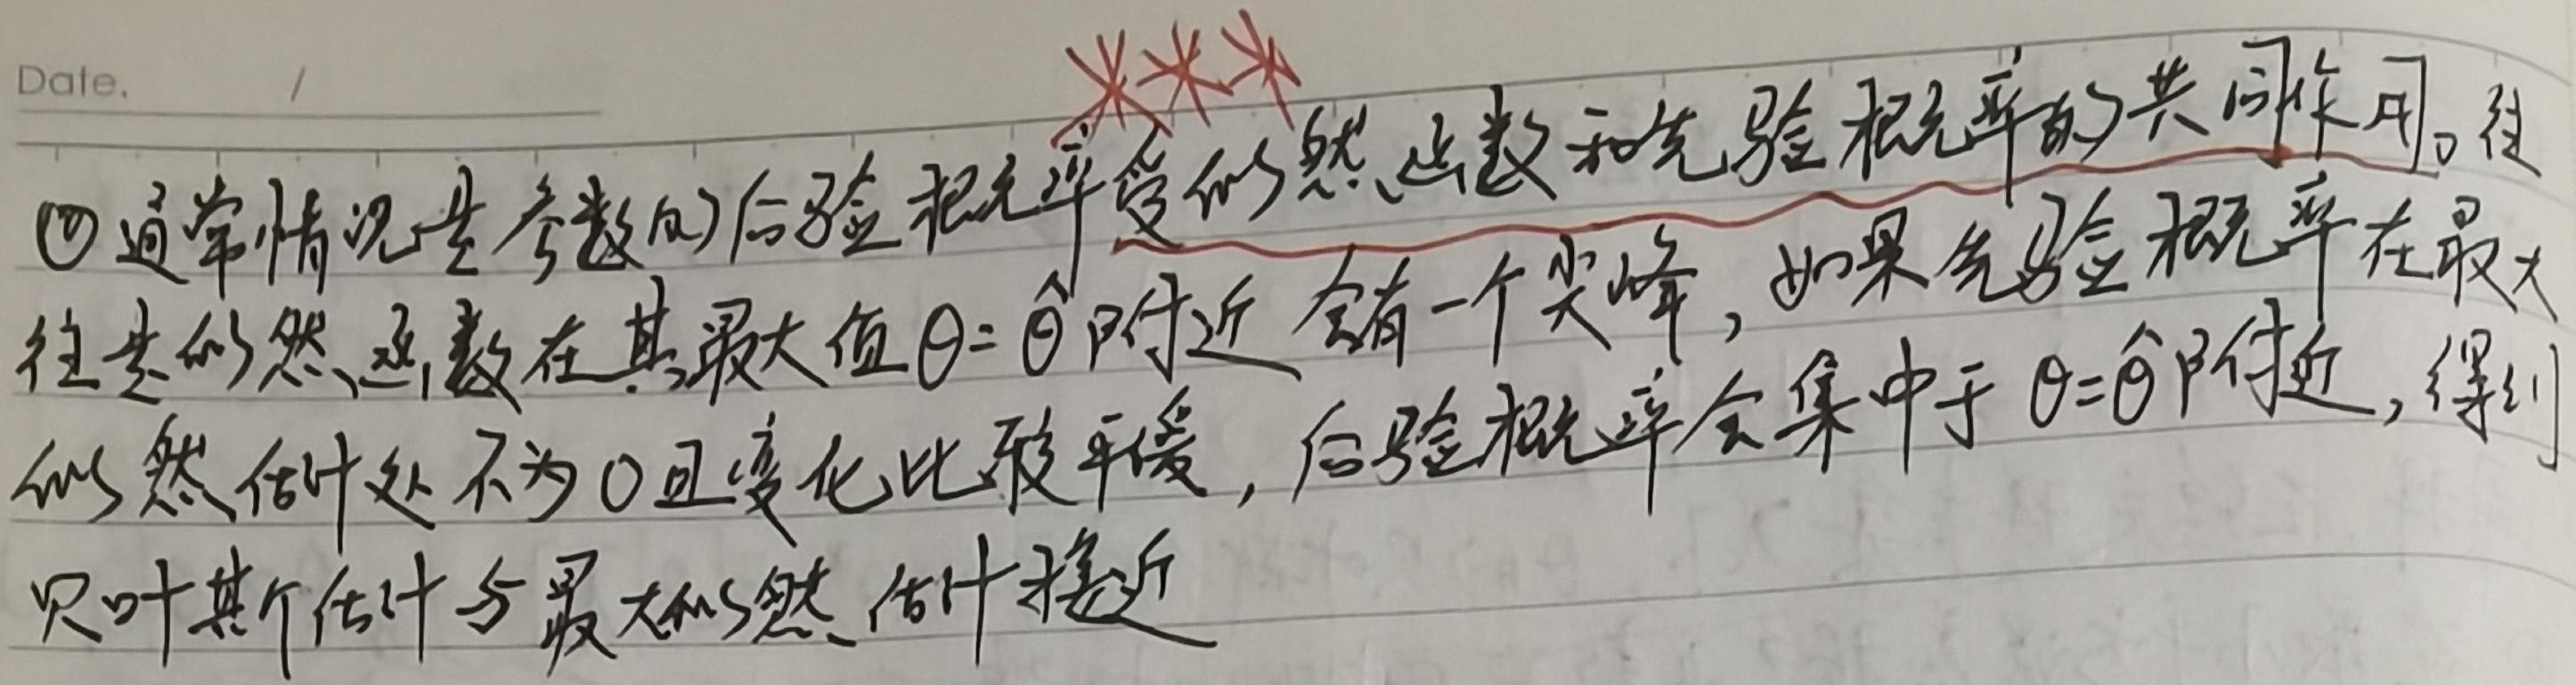
\textcircled{4}通常情况下参数的后验概率受似然函数和先验概率的共同作用。往往似然函数在其最大值 \(\theta = \hat{\theta}\) 附近会有一个尖峰，如果先验概率在最大值似然估计处不为 \(0\) 且变化比较平缓，后验概率会集中于 \(\theta=\hat{\theta}\) 附近，得到贝叶斯估计与最大似然估计接近。